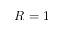
R = 1